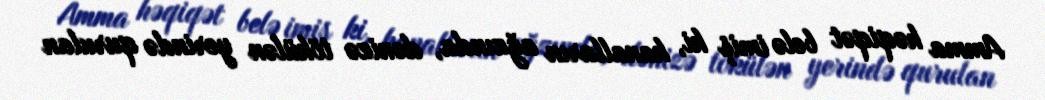
Amma həqiqət belə imiş ki, kanalların ağzında, dənizə tökülən yerində qurulan